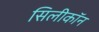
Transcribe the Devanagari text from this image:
सिलीकॉन